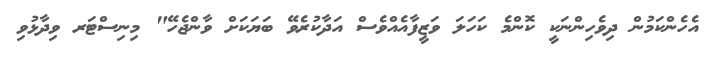
އެހެންކަމުން ދިވެހިންނަކީ ކޮންމެ ކަހަލަ ވަޒީފާއެއްވެސް އަދާކުރެވޭ ބަޔަކަށް ވާންޖެހޭ" މިނިސްޓަރ ވިދާޅުވި